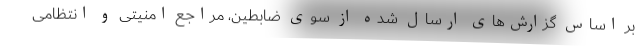
بر اساس گزارش‌های ارسال شده از سوی ضابطین، مراجع امنیتی و انتظامی